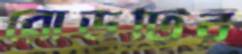
রোডটির